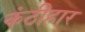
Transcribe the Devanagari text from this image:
कंठीहार